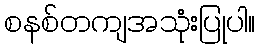
စနစ်တကျအသုံးပြုပါ။